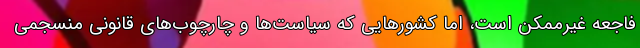
فاجعه غیرممکن است، اما کشورهایی که سیاست‌ها و چارچوب‌های قانونی منسجمی